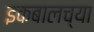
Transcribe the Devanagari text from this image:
इकबालच्या